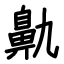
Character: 鼽